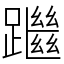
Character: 䠪